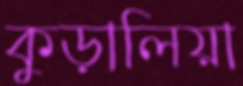
কুড়ালিয়া